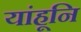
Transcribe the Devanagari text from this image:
यांहूनि